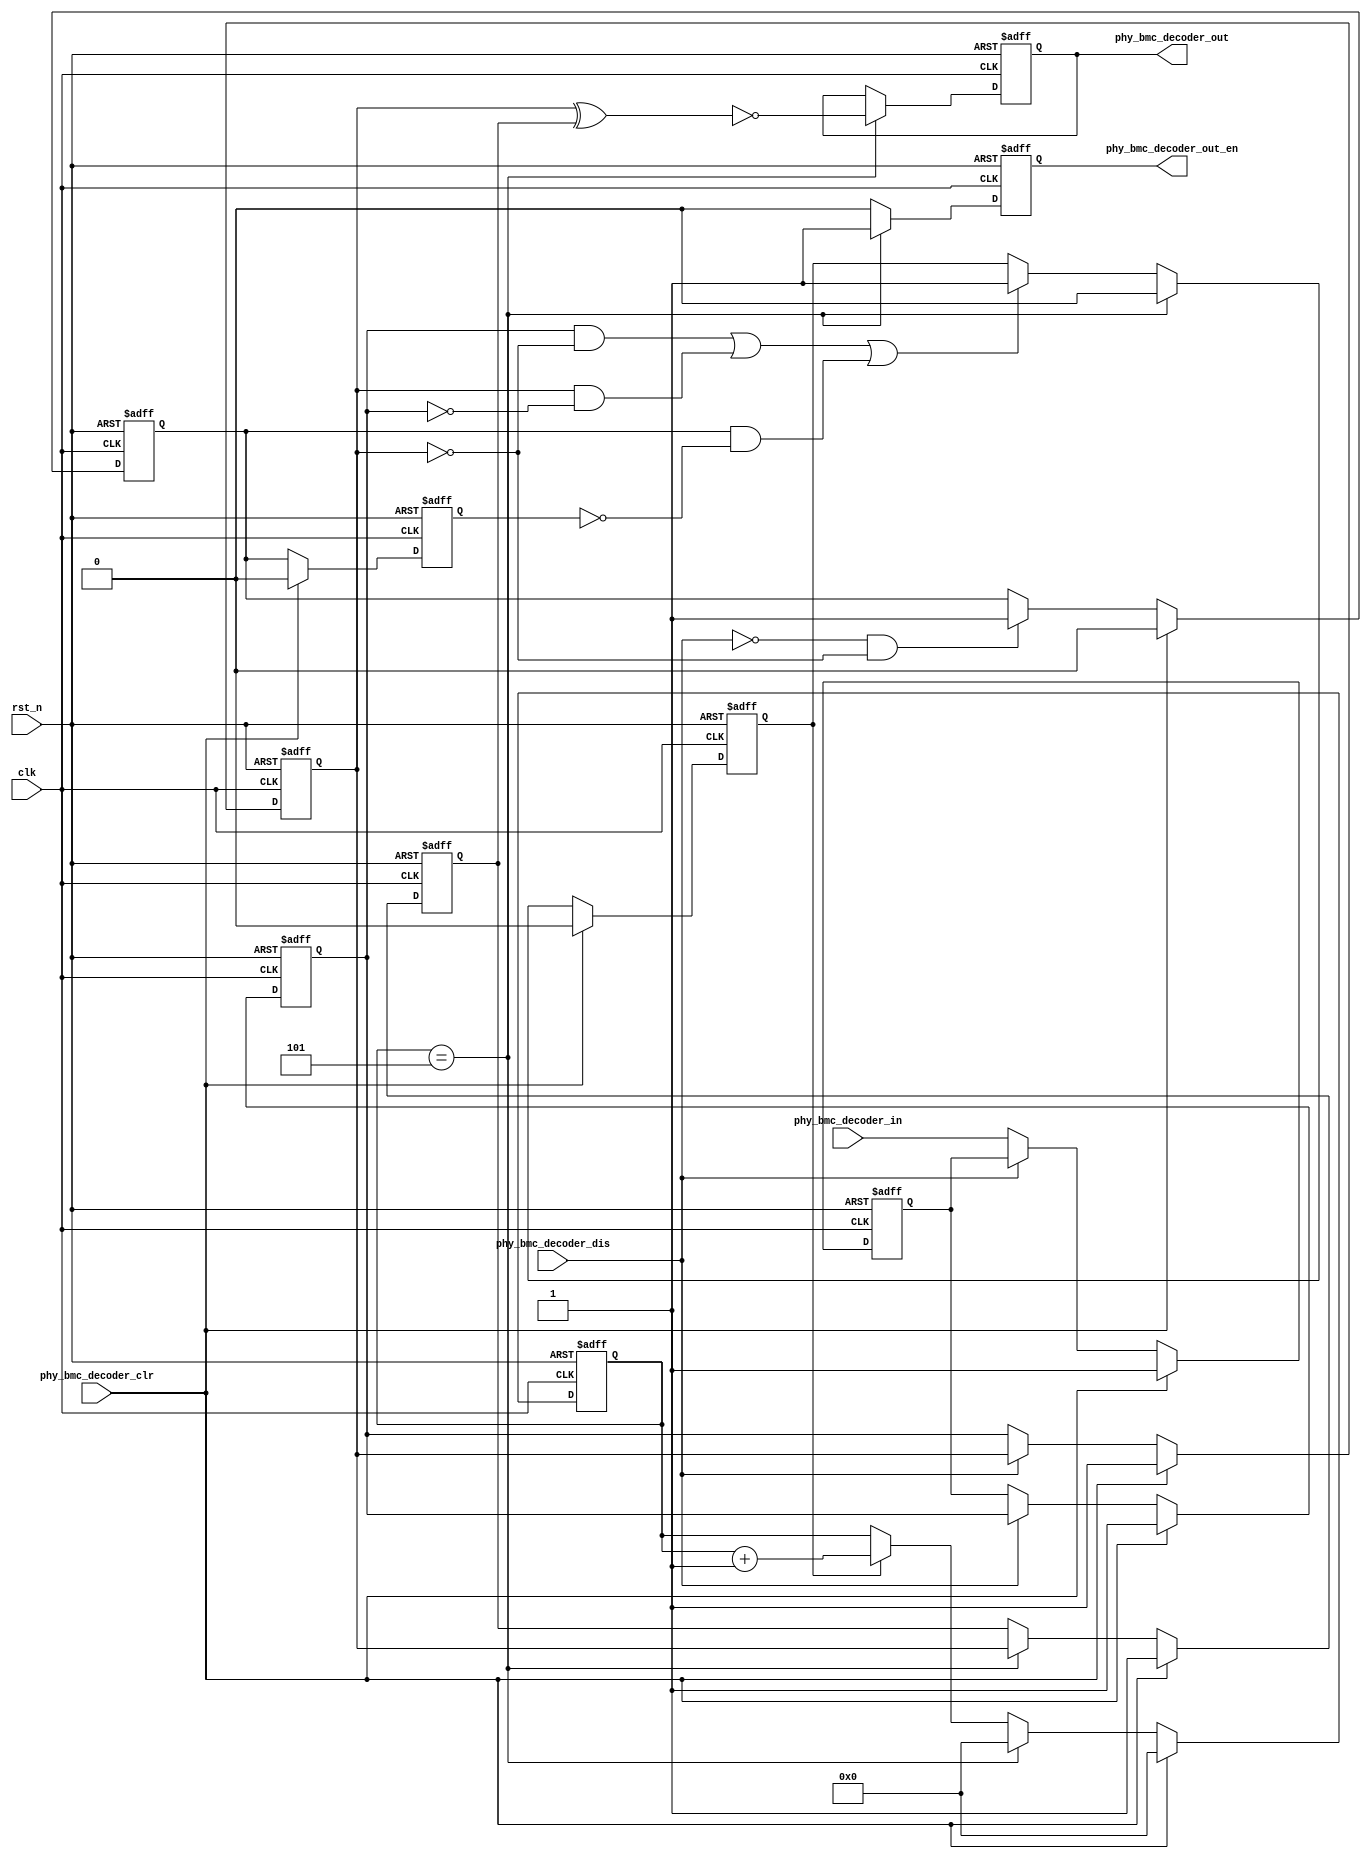
module phy_bmc_decoder(
    clk,
    rst_n,

    phy_bmc_decoder_in,
    phy_bmc_decoder_clr,
    phy_bmc_decoder_dis,

    phy_bmc_decoder_out,
    phy_bmc_decoder_out_en
    );

input     clk;
input     rst_n;

input     phy_bmc_decoder_in;
input     phy_bmc_decoder_clr;
input     phy_bmc_decoder_dis;
output    phy_bmc_decoder_out;
output    phy_bmc_decoder_out_en;


parameter TIME_SCALE_FLAG = 0;

reg       phy_bmc_decoder_out;
reg       phy_bmc_decoder_out_en;

reg       phy_bmc_decoder_in_dly1;
reg       phy_bmc_decoder_in_dly2;
reg       phy_bmc_decoder_in_dly3;
wire      phy_bmc_decoder_in_edge_pos;
wire      phy_bmc_decoder_in_edge_neg;
reg       phy_bmc_decoder_in_first_low;
reg       phy_bmc_decoder_in_first_low_dly;
wire      phy_bmc_decoder_in_first_low_plus;

reg       [10:0] phy_bmc_decoder_period_cnt;
wire      phy_bmc_decoder_period_done;
reg       phy_bmc_decoder_period_keep;

wire      [10:0] bmc_decode_period;
//bmc decode
reg       phy_bmc_decoder_pre_bit;
reg       phy_bmc_decoder_cur_bit;

//
always @(posedge clk or negedge rst_n) begin
       if(!rst_n) begin
              phy_bmc_decoder_in_dly1 <= 1'b1;
              phy_bmc_decoder_in_dly2 <= 1'b1;
              phy_bmc_decoder_in_dly3 <= 1'b1;
       end
       else if(phy_bmc_decoder_clr) begin
              phy_bmc_decoder_in_dly1 <= 1'b1;
              phy_bmc_decoder_in_dly2 <= 1'b1;
              phy_bmc_decoder_in_dly3 <= 1'b1;
       end
       else if(!phy_bmc_decoder_dis) begin
              phy_bmc_decoder_in_dly1 <= phy_bmc_decoder_in;
              phy_bmc_decoder_in_dly2 <= phy_bmc_decoder_in_dly1;
              phy_bmc_decoder_in_dly3 <= phy_bmc_decoder_in_dly2;
       end
end

always @(posedge clk or negedge rst_n) begin
       if(!rst_n) begin
              phy_bmc_decoder_in_first_low_dly <= 1'b0;
       end
       else if(phy_bmc_decoder_clr) begin
              phy_bmc_decoder_in_first_low_dly <= 1'b0;
       end
       else begin
              phy_bmc_decoder_in_first_low_dly <= phy_bmc_decoder_in_first_low;
       end
end

always @(posedge clk or negedge rst_n) begin
       if(!rst_n) begin
              phy_bmc_decoder_in_first_low <= 1'b0;
       end
       else if(phy_bmc_decoder_clr) begin
              phy_bmc_decoder_in_first_low <= 1'b0;
       end
       else if(!phy_bmc_decoder_dis && !phy_bmc_decoder_in_dly3) begin
              phy_bmc_decoder_in_first_low <= 1'b1;
       end
end

assign    phy_bmc_decoder_in_edge_pos = phy_bmc_decoder_in_dly2 && !phy_bmc_decoder_in_dly3;
assign    phy_bmc_decoder_in_edge_neg = phy_bmc_decoder_in_dly3 && !phy_bmc_decoder_in_dly2;

assign    phy_bmc_decoder_in_first_low_plus = phy_bmc_decoder_in_first_low && !phy_bmc_decoder_in_first_low_dly;

//bmc period
always @(posedge clk or negedge rst_n) begin
       if(!rst_n) begin
              phy_bmc_decoder_period_cnt <= 11'h0;
       end
       else if(phy_bmc_decoder_clr) begin
              phy_bmc_decoder_period_cnt <= 11'h0;
       end
       else if(phy_bmc_decoder_period_done) begin
              phy_bmc_decoder_period_cnt <= 11'h0;
       end
       else if(phy_bmc_decoder_period_keep) begin
              phy_bmc_decoder_period_cnt <= phy_bmc_decoder_period_cnt + 1'h1;
       end
end

always @(posedge clk or negedge rst_n) begin
       if(!rst_n) begin
              phy_bmc_decoder_period_keep <= 1'h0;
       end
       else if(phy_bmc_decoder_clr) begin
              phy_bmc_decoder_period_keep <= 1'h0;
       end
       else if(phy_bmc_decoder_period_done) begin
              phy_bmc_decoder_period_keep <= 1'h0;
       end
       else if(phy_bmc_decoder_in_edge_pos || phy_bmc_decoder_in_edge_neg || phy_bmc_decoder_in_first_low_plus) begin
              phy_bmc_decoder_period_keep <= 1'h1;
       end
end

assign    bmc_decode_period = (TIME_SCALE_FLAG == 0) ? 11'd5 :
	                      (TIME_SCALE_FLAG == 1) ? 11'd11 :
	                      (TIME_SCALE_FLAG == 2) ? 11'd22 : 11'd1;

assign    phy_bmc_decoder_period_done = (phy_bmc_decoder_period_cnt == bmc_decode_period);


//bmc decode 
always @(posedge clk or negedge rst_n) begin
       if(!rst_n) begin
              phy_bmc_decoder_pre_bit <= 1'h1;
       end
       else if(phy_bmc_decoder_clr) begin
              phy_bmc_decoder_pre_bit <= 1'h1;
       end
       else if(phy_bmc_decoder_period_done) begin
              phy_bmc_decoder_pre_bit <= phy_bmc_decoder_in_dly3;
       end
end

//bmc decode output
always @(posedge clk or negedge rst_n) begin
       if(!rst_n) begin
              phy_bmc_decoder_out_en <= 1'b0;
              phy_bmc_decoder_out <= 1'b0;
       end
       else if(phy_bmc_decoder_period_done) begin
              phy_bmc_decoder_out_en <= 1'b1;
              phy_bmc_decoder_out <= !(phy_bmc_decoder_in_dly3 ^ phy_bmc_decoder_pre_bit);
       end
       else begin
              phy_bmc_decoder_out_en <= 1'b0;
       end
end



endmodule